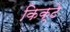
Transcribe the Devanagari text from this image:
किक्टे